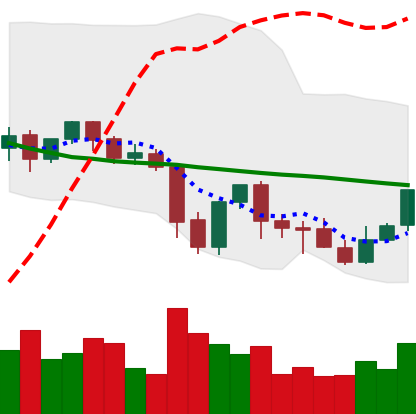
Ticker: XLM-USD
Chart end date: 2021-10-01
Forward return: 17.994%
Label: up_7plus